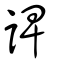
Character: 諀